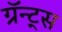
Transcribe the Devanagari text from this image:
ग्रॅन्ट्स